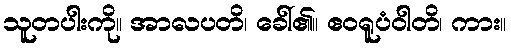
သူတပါးကို။ အာလပတိ၊ ခေါ်၏။ ဧဝရူပံဝါတိ၊ ကား။